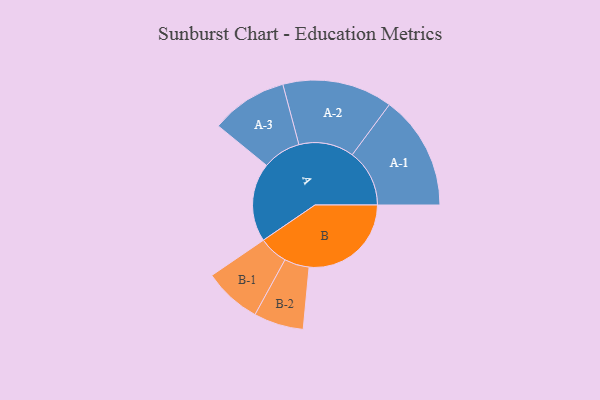
{"axis": {"x": "Segment", "y": "Value"}, "legend": ["", "A", "B"], "data": [{"x": "A", "y": 370, "type": ""}, {"x": "B", "y": 480, "type": ""}, {"x": "A-1", "y": 269, "type": "A"}, {"x": "A-2", "y": 259, "type": "A"}, {"x": "A-3", "y": 180, "type": "A"}, {"x": "B-1", "y": 136, "type": "B"}, {"x": "B-2", "y": 117, "type": "B"}]}